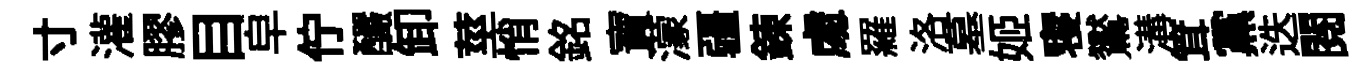
寸灌膠目皁佇釅卸莖悄銘寶濛疆錬䖏羅洛墓姬寝鸑溝䇯黨迭閱